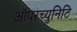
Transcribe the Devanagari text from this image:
ऑपरच्युनिटि